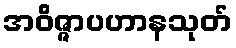
အဝိဇ္ဇာပဟာနသုတ်